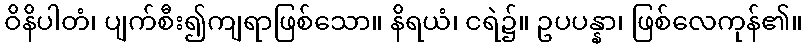
ဝိနိပါတံ၊ ပျက်စီး၍ကျရာဖြစ်သော။ နိရယံ၊ ငရဲ၌။ ဥပပန္နာ၊ ဖြစ်လေကုန်၏။